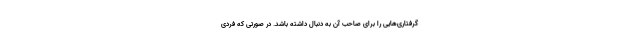
گرفتاری‌هایی را برای صاحب آن به دنبال داشته باشد. در صورتی که فردی